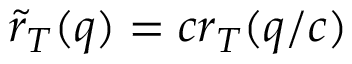
\tilde { r } _ { T } ( q ) = c r _ { T } ( q / c )